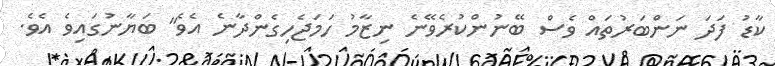
ކާޑު ފަދަ ނަންބަރުތައް ވެސް ބޭނުންކުރެވޭނެ ނިޒާމު ހަމަޖެހިގެންދާނެ އެވެ" ބަޔާނުގައިވެ އެވެ.